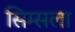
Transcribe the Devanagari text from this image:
सिम्सला